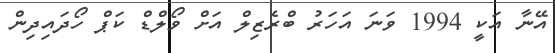
އޭނާ އަކީ 1994 ވަނަ އަހަރު ބްރެޒިލް އަށް ވޯލްޑް ކަޕް ހޯދައިދިން